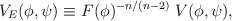
\begin{align*}V_E(\phi,\psi) \equiv F(\phi)^{-n/(n-2)} \; V(\phi,\psi),\end{align*}